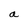
Character: a